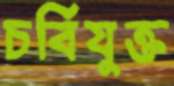
চর্বিযুক্ত